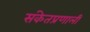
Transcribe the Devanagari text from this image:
संकेतप्रणाली